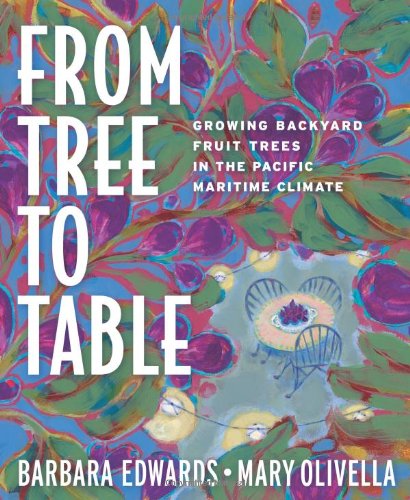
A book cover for From Tree to Table: Growing Backyard Fruit Trees in the Pacific Maritime Climate; Barbara Edwards; Crafts, Hobbies & Home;